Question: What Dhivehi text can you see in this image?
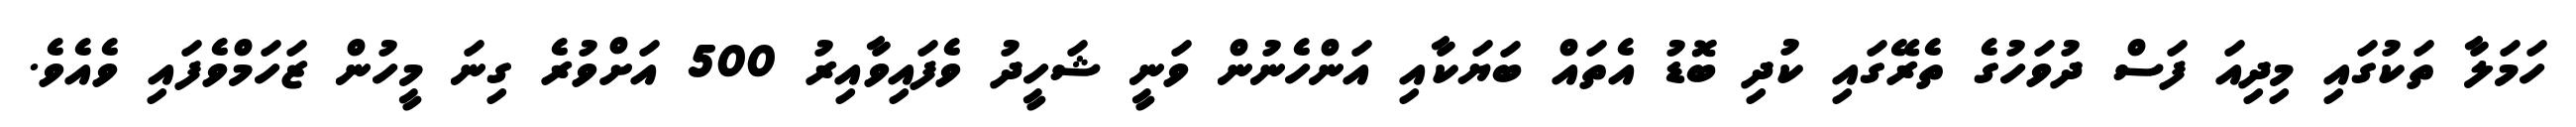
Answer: ހަމަލާ ތަކުގައި މިދިއަ ފަސް ދުވަހުގެ ތެރޭގައި ކުދި ބޮޑު އެތައް ބަޔަކާއި އަންހެނުން ވަނީ ޝަހީދު ވެފައިވާއިރު 500 އަށްވުރެ ގިނަ މީހުން ޒަހަމްވެފައި ވެއެވެ.